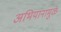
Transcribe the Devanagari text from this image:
अभियानामुळे